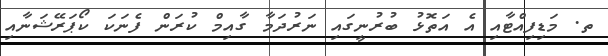
ތ. މަޑިފިއްޓާއި އެ އަތޮޅު ބުރުނީގައި ނަރުދަމާ ގާއިމް ކުރަން ފެނަކަ ކޯޕަރޭޝަނާއި